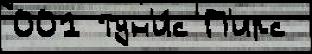
001 Тун'и́с П'ирс